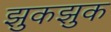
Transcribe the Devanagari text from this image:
झुकझुक